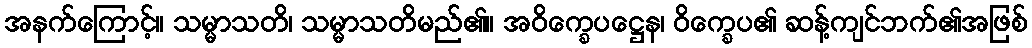
အနက်ကြောင့်။ သမ္မာသတိ၊ သမ္မာသတိမည်၏။ အဝိက္ခေပဋ္ဌေန၊ ဝိက္ခေပ၏ ဆန့်ကျင်ဘက်၏အဖြစ်